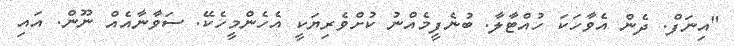
"އިނަފް. ދެން އެވާހަކަ ހުއްޓާލާ. ބުނެފީމެއްނު ކުށްވެރިޔަކީ އެހެންމީހެކޭ. ސަވާނާއެއް ނޫން. އައި